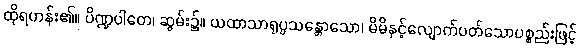
ထိုရဟန်း၏။ ပိဏ္ဍပါတေ၊ ဆွမ်း၌။ ယထာသာရုပ္ပသန္တောသော၊ မိမိနှင့်လျောက်ပတ်သောပစ္စည်းဖြင့်